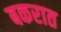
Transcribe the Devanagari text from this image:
बकरात